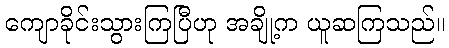
ကျောခိုင်းသွားကြပြီဟု အချို့က ယူဆကြသည်။